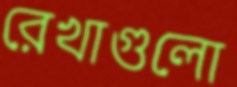
রেখাগুলো